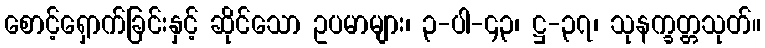
စောင့်ရှောက်ခြင်းနှင့် ဆိုင်သော ဥပမာများ၊ ၃-ပါ-၄၃၊ ဋ္ဌ-၃၇၊ သုနက္ခတ္တသုတ်။